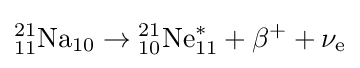
{}_{11}^{21}{\text{Na}}_{10}\rightarrow {}_{10}^{21}{\text{Ne}}_{11}^{*}+\beta ^{+}+\nu _{\text{e}}